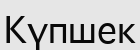
Күпшек